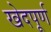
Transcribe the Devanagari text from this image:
खेदपूर्ण